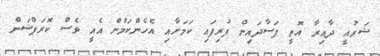
ޝަރުއީ ދާއިރާ އޮތީ ފަސާދައިން ފުރިފައި ކަމަށާއި އެހެންކަމުން އެއީ ވެސް ކޮރަޕްޝަން